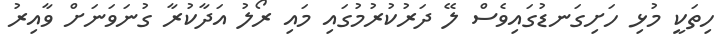
ހިތަކީ މުޅި ހަށިގަނޑުގައިވެސް ލޭ ދަރުކުރުމުގައި މައި ރޯލު އަދާކުރާ ގުނަވަނަށް ވާއިރު